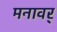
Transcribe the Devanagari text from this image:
मनावर्